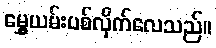
မွှေ့ယမ်းပစ်လိုက်လေသည်။